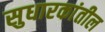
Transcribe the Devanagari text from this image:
सुधारकांतील